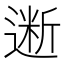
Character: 𰻋